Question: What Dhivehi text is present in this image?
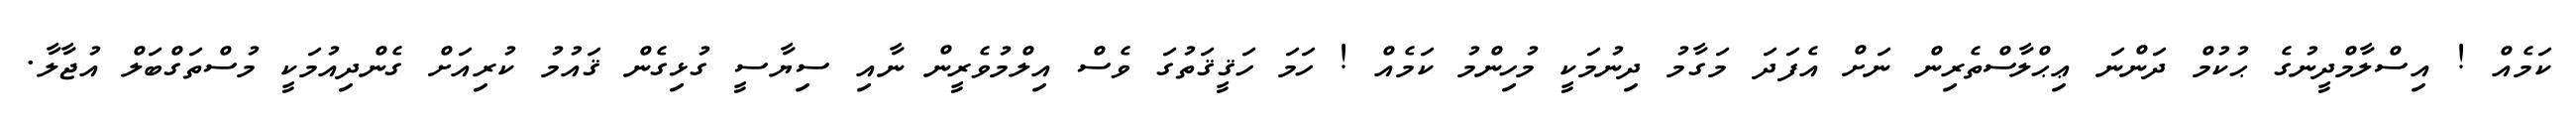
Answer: ކަމެއް ! އިސްލާމްދީނުގެ ޙުކުމް ދަންނަ ޢިޙްލާސްތެރިން ނަށް އެފަދަ މަގާމު ދިނުމަކީ މުހިންމު ކަމެއް ! ހަމަ ހަޤީޤަތުގަ ވެސް އިލްމުވެރީން ނާއި ސިޔާސީ ގުޅިގެން ޤައުމު ކުރިއަށް ގެންދިއުމަކީ މުސްތަގްބަލް އުޖާލާ.